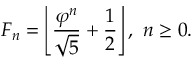
F _ { n } = \left\lfloor { \frac { \varphi ^ { n } } { \sqrt { 5 } } } + { \frac { 1 } { 2 } } \right\rfloor , \ n \geq 0 .